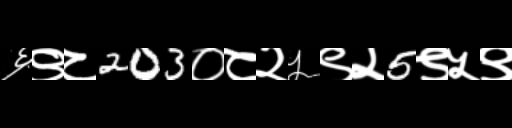
Text: ६९८203०८२५९२5९५९